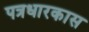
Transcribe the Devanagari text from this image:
पत्रधारकास